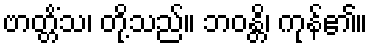
ဗာတ္တိံသ၊ တို့သည်။ ဘဝန္တိ၊ ကုန်၏။